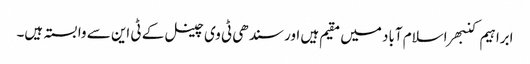
ابراہیم کنبھر اسلام آباد میں مقیم ہیں اور سندھی ٹی وی چینل کے ٹی این سے وابستہ ہیں۔